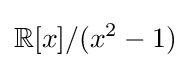
\mathbb {R} [x]/(x^{2}-1)